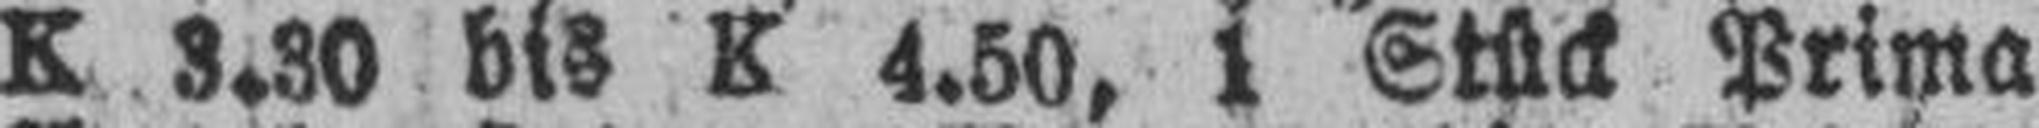
K 3.30 bis K 4.50, 1 Stück Prima